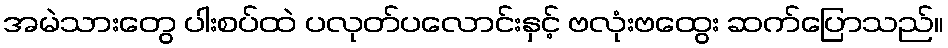
အမဲသားတွေ ပါးစပ်ထဲ ပလုတ်ပလောင်းနှင့် ဗလုံးဗထွေး ဆက်ပြောသည်။